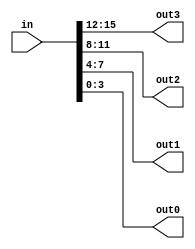
module bit_downshift (in, out3, out2, out1, out0);

input [15:0] in;
output reg [3:0] out0, out2, out3, out1;

always @(in)
begin

out0=in;
out1=in>>4'b0100;
out2=in>>4'b1000;
out3=in>>4'b1100;

end
endmodule